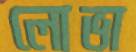
লোভা